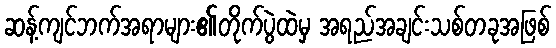
ဆန့်ကျင်ဘက်အရာများ၏တိုက်ပွဲထဲမှ အရည်အချင်းသစ်တခုအဖြစ်